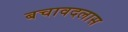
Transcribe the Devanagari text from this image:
बचावदलास